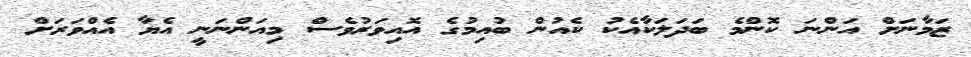
ޒަމާނަށް އަންނަ ކޮންމެ ބަދަލަކާއެކު ކެއުން ބުއިމުގެ އޮއިވަރުވެސް މިއަންނަނީ އެޔާ އެއްވަރަށް